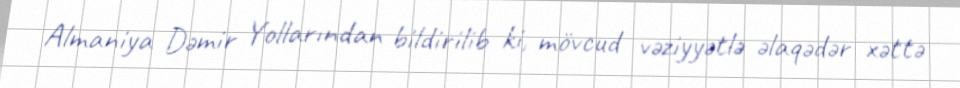
Almaniya Dəmir Yollarından bildirilib ki, mövcud vəziyyətlə əlaqədər xəttə